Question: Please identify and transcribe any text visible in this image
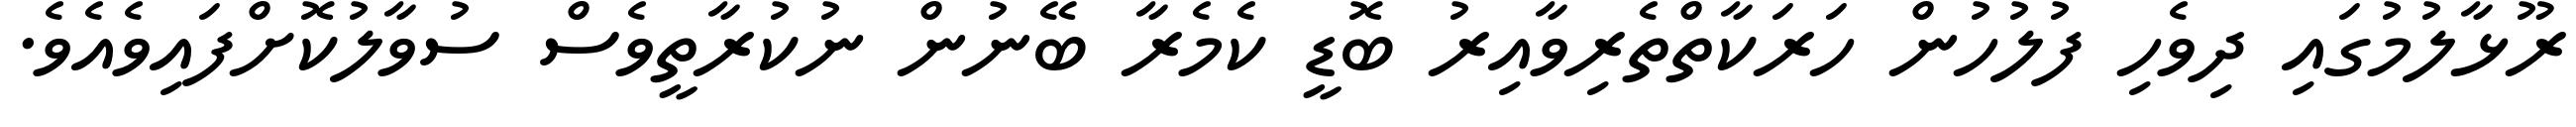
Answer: ރޫޅާލުމުގައި ދިވެހި ފުލުހުން ހަރަކާތްތެރިވާއިރު ބޮޑީ ކެމެރާ ބޭނުން ނުކުރާތީވެސް ސުވާލުކޮށްފައިވެއެވެ.